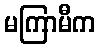
မကြာမီက